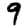
Digit: 9